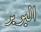
البربر